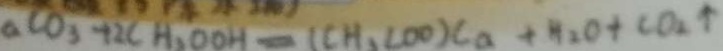
a c o _ { 3 } + 2 C H _ { 2 } O O H = ( C H , C O O ) C a + H _ { 2 } O + C O _ { 2 } \uparrow